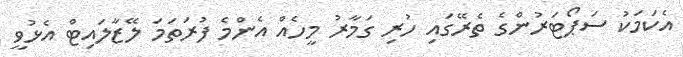
އެކަމަކު ސަޕޯޓަރުންގެ ތެރޭގައި ހުރި ގަމާރު މީހެއް އެންމެ ފުރަތަމަ ލޭޒާލައިޓް އެޅުވީ